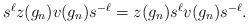
LaTeX: \begin{align*}\mbox{$s^\ell z(g_n)v(g_n) s^{-\ell}=z(g_n)s^\ell v(g_n) s^{-\ell}.$}\end{align*}